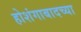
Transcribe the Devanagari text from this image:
होशंगाबादच्या